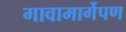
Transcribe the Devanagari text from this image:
गावामार्गेपण